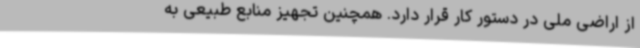
از اراضی ملی در دستور کار قرار دارد. همچنین تجهیز منابع طبیعی به